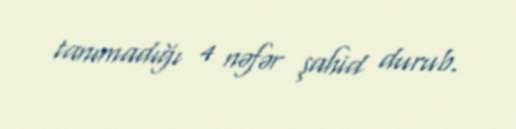
tanımadığı 4 nəfər şahid durub.